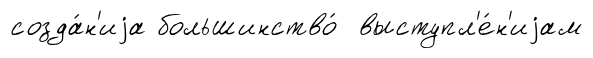
созда́н'иjа большинство́ выступл'е́н'иjам